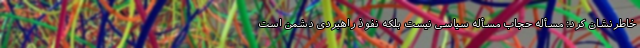
خاطرنشان کرد: مسأله حجاب مسأله سیاسی نیست بلکه نفوذ راهبردی دشمن است